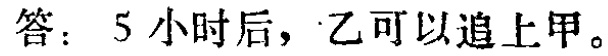
答：5 小时后，乙可以追上甲。